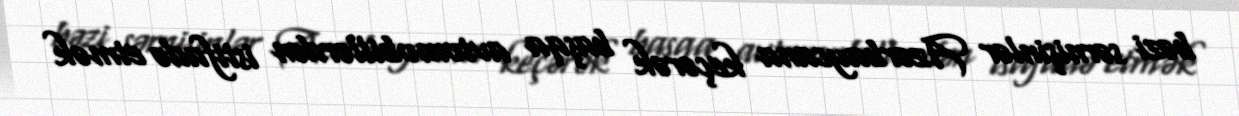
bəzi sərnişinlər Azərbaycana keçərək başqa avtomobillərdən istifadə etmək